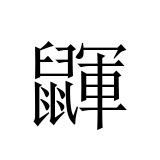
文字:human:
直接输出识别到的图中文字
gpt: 鼲